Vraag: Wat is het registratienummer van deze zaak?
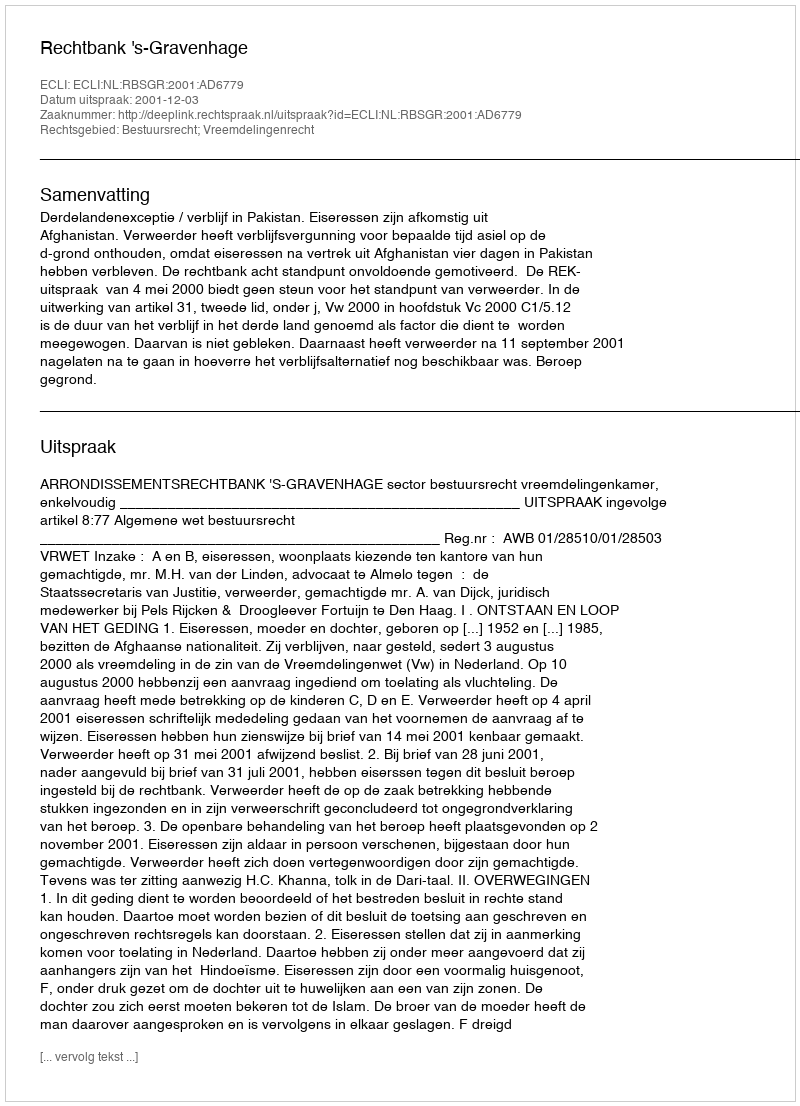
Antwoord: http://deeplink.rechtspraak.nl/uitspraak?id=ECLI:NL:RBSGR:2001:AD6779